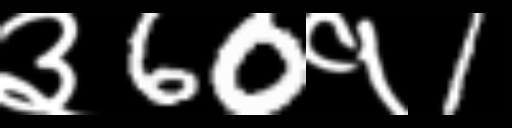
Text: ३60१1